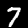
Label: 7